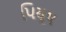
પિયૂષ